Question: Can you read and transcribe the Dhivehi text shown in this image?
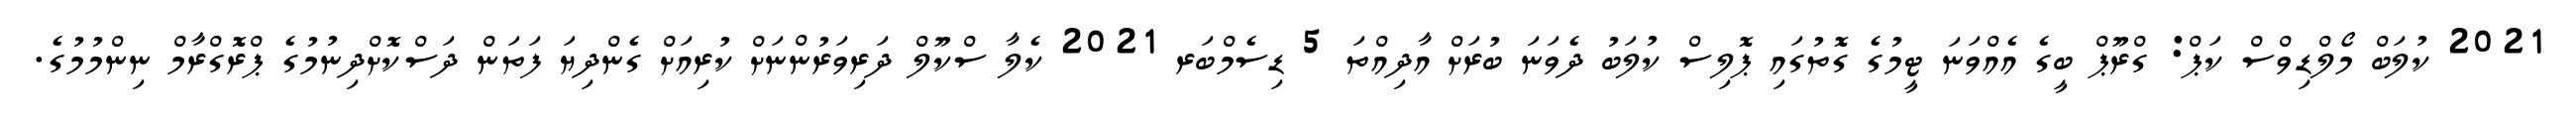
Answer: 2021 ކުލަބް މޯލްޑިވްސް ކަޕް: ގްރޫޕް ބީގެ އެއްވަނަ ޓީމުގެ ގޮތުގައި ޕޮލިސް ކުލަބު ދެވަނަ ބުރަށް އާދިއްތަ 5 ޑިސެމްބަރ 2021 ކެލާ ސްކޫލް ދަރިވަރުންނަށް ކުރިއަށް ގެންދިޔަ ފަތަން ދަސްކޮށްދިނުމުގެ ޕްރޮގްރާމް ނިންމުމުގެ.